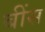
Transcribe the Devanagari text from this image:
बींस